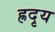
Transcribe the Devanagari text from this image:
ह्रदृय